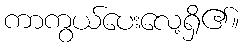
ကာကွယ်ပေးလေ့ရှိ၏။